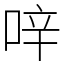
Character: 㖕